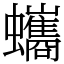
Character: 蠵